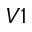
V 1